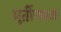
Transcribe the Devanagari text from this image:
मूर्तीजवळ